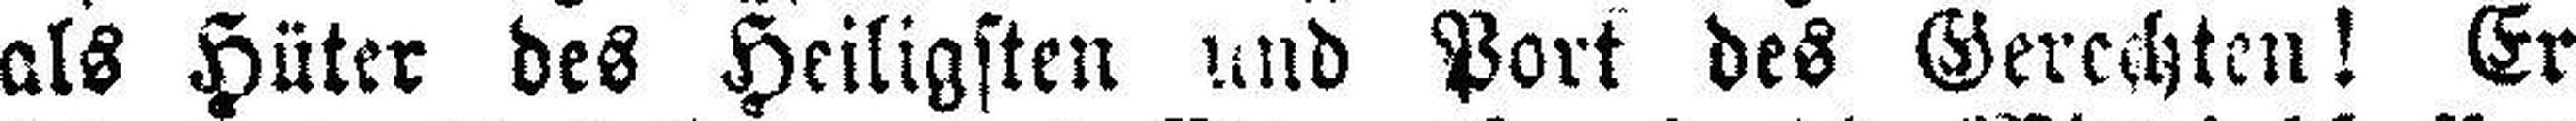
als Hüter des Heiligsten und Port des Gerechten! Er